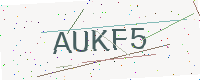
Text: AUKF5